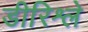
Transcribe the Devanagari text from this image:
डीरिश्ले